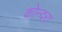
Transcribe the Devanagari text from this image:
कोन्दरा